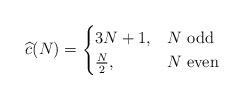
LaTeX: \begin{align*}\widehat{c}(N) = \begin{cases}3N+1, & N\mbox{ odd} \\\frac{N}{2}, & N\mbox{ even}\end{cases}\end{align*}